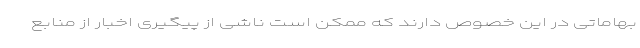
بهاماتی در این خصوص دارند که ممکن است ناشی از پیگیری اخبار از منابع